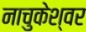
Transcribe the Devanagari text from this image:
नाचुकेश्वर